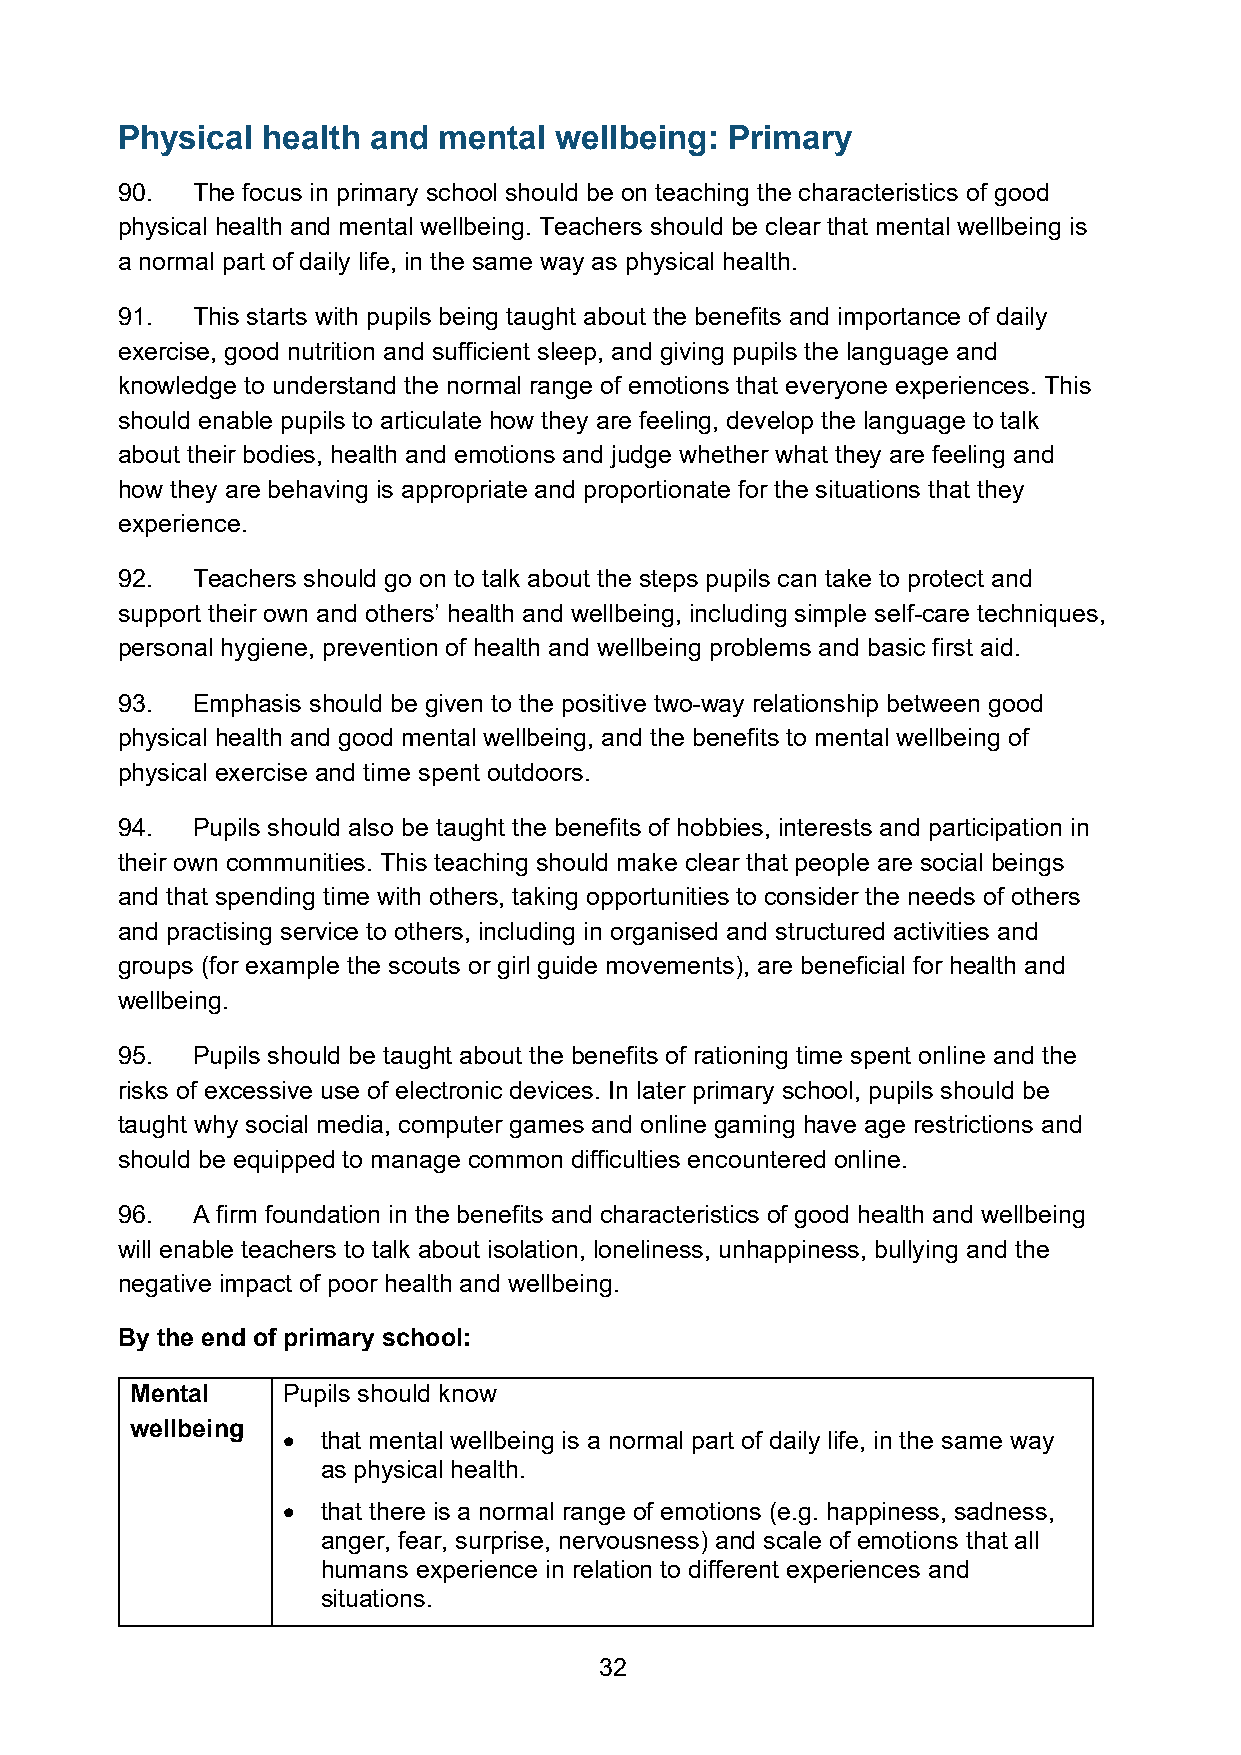
Physical health  and mental  wellbeing: Primary
 90.  The focus in primary school should be on teaching the characteristics of good
 physical health and mental wellbeing. Teachers should be clear that mental wellbeing is
 a normal part of daily life, in the same way as physical health.
 91.  This starts with pupils being taught about the benefits and importance of daily
 exercise, good nutrition and sufficient sleep, and giving pupils the language and
 knowledge to understand the normal range of emotions that everyone experiences. This
 should enable pupils to articulate how they are feeling, develop the language to talk
 about their bodies, health and emotions and judge whether what they are feeling and
 how they are behaving is appropriate and proportionate for the situations that they
 experience.
 92.  Teachers should go on to talk about the steps pupils can take to protect and
 support their own and others’ health and wellbeing, including simple self-care techniques,
 personal hygiene, prevention of health and wellbeing problems and basic first aid.
 93.  Emphasis should be given to the positive two-way relationship between good
 physical health and good mental wellbeing, and the benefits to mental wellbeing of
 physical exercise and time spent outdoors.
 94.  Pupils should also be taught the benefits of hobbies, interests and participation in
 their own communities. This teaching should make clear that people are social beings
 and that spending time with others, taking opportunities to consider the needs of others
 and practising service to others, including in organised and structured activities and
 groups (for example the scouts or girl guide movements), are beneficial for health and
 wellbeing.
 95.  Pupils should be taught about the benefits of rationing time spent online and the
 risks of excessive use of electronic devices. In later primary school, pupils should be
 taught why social media, computer games and online gaming have age restrictions and
 should be equipped to manage common difficulties encountered online.
 96.  A firm foundation in the benefits and characteristics of good health and wellbeing
 will enable teachers to talk about isolation, loneliness, unhappiness, bullying and the
 negative impact of poor health and wellbeing.
 By the end of primary school:
 Mental    Pupils should know
 wellbeing
 • that mental wellbeing is a normal part of daily life, in the same way
 as physical health.
 • that there is a normal range of emotions (e.g. happiness, sadness,
 anger, fear, surprise, nervousness) and scale of emotions that all
 humans experience in relation to different experiences and
 situations.
 32